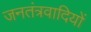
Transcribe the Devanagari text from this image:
जनतंत्रवादियों